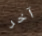
آخر